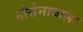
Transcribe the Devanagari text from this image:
नौसेनावाला